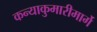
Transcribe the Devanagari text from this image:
कन्याकुमारीमार्गे